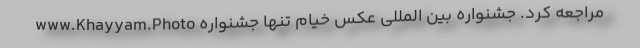
www.Khayyam.Photo مراجعه کرد. جشنواره بین المللی عکس خیام تنها جشنواره